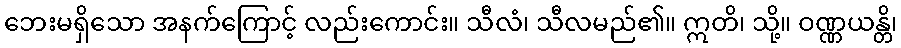
ဘေးမရှိသော အနက်ကြောင့် လည်းကောင်း။ သီလံ၊ သီလမည်၏။ ဣတိ၊ သို့။ ဝဏ္ဏယန္တိ၊